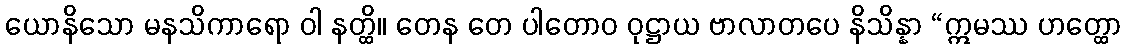
ယောနိသော မနသိကာရော ဝါ နတ္ထိ။ တေန တေ ပါတောဝ ဝုဋ္ဌာယ ဗာလာတပေ နိသိန္နာ “ဣမဿ ဟတ္ထော